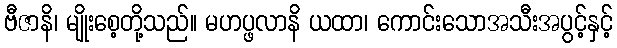
ဗီဇာနိ၊ မျိုးစေ့တို့သည်။ မဟပ္ဖလာနိ ယထာ၊ ကောင်းသောအသီးအပွင့်နှင့်